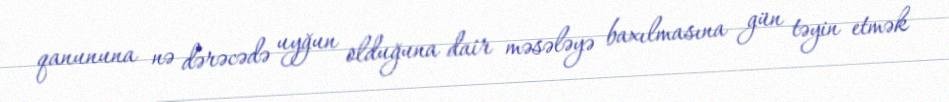
qanununa nə dərəcədə uyğun olduğuna dair məsələyə baxılmasına gün təyin etmək